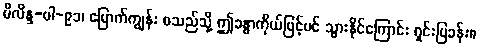
မိလိန္ဒ-ပါ-၉၁၊ မြောက်ကျွန်း စသည်သို့ ဤခန္ဓာကိုယ်ဖြင့်ပင် သွားနိုင်ကြောင်း ရှင်းပြခန်း။